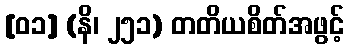
[၀၁] (နိ၊ ၂၅၁) တတိယစိတ်အဖွင့်